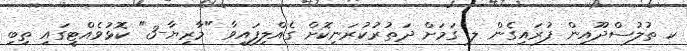
ކ ތުލުސްދޫއިން ފުރައިގެން ލ ގަމަށް ދަތުރުކުރަނިކޮށް ގެއްލިފައިވާ "މާރިޔާ-3" ކޮޅުވެއްޓީގައި ތިބި